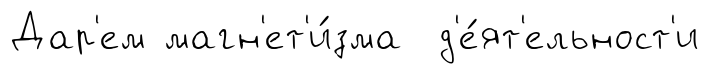
Дар'ем магн'ет'и́зма д'е́ят'ельност'и